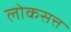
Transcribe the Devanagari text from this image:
लोकसत्त